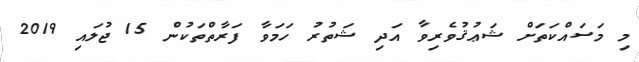
މި މަސައްކަތަށް ޝަޢުޤުވެރިވާ އަދި ޝަތުރު ހަމަވާ ފަރާތްތަކުން 15 ޖުލައި 2019